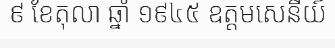
៩ ខែតុលា ឆ្នាំ ១៩៤៥ ឧត្តមសេនីយ៍